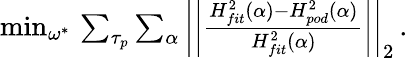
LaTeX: \begin{array}{r}{\operatorname*{min}_{\omega^{*}}\, \sum_{\tau_{p}}\sum_{\alpha}\left|\left|\frac{H_{fit}^{2}(\alpha)-H_{pod}^{2}(\alpha)}{H_{fit}^{2}(\alpha)}\right|\right|_{2}\, .}\end{array}